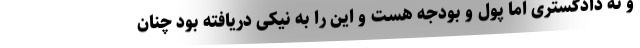
و نه دادگستری اما پول و بودجه هست و این را به نیکی دریافته بود چنان